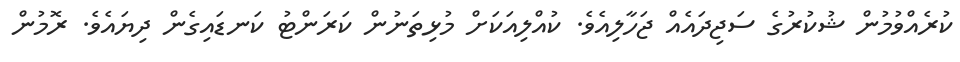
ކުރެއްވުމުން ޝުކުރުގެ ސަޖިދައެއް ޖަހާލިއެވެ. ކުއްލިއަކަށް މުޅިތަނުން ކަރަންޓު ކަނޑައިގެން ދިޔައެވެ. ރޮމުން